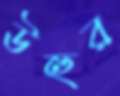
উহুর